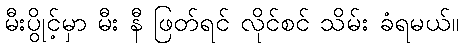
မီးပွိုင့်မှာ မီး နီ ဖြတ်ရင် လိုင်စင် သိမ်း ခံရမယ်။